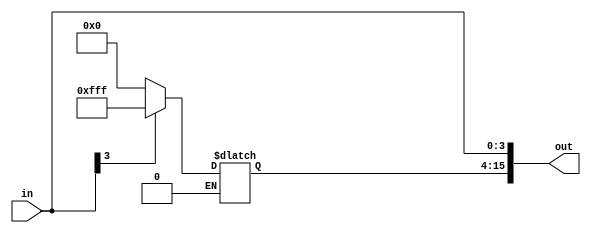
module Sign(
	output reg[15:0] out,
	input [3:0] in
);
always@(*)
begin
	out[3:0]=in;
	if(out[3]==1'b1) out[15:4]=12'hFFF;
	else if(out[3]==1'b0) out[15:4]=12'h000;
end

endmodule